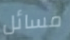
مسائل